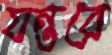
যন্তরে